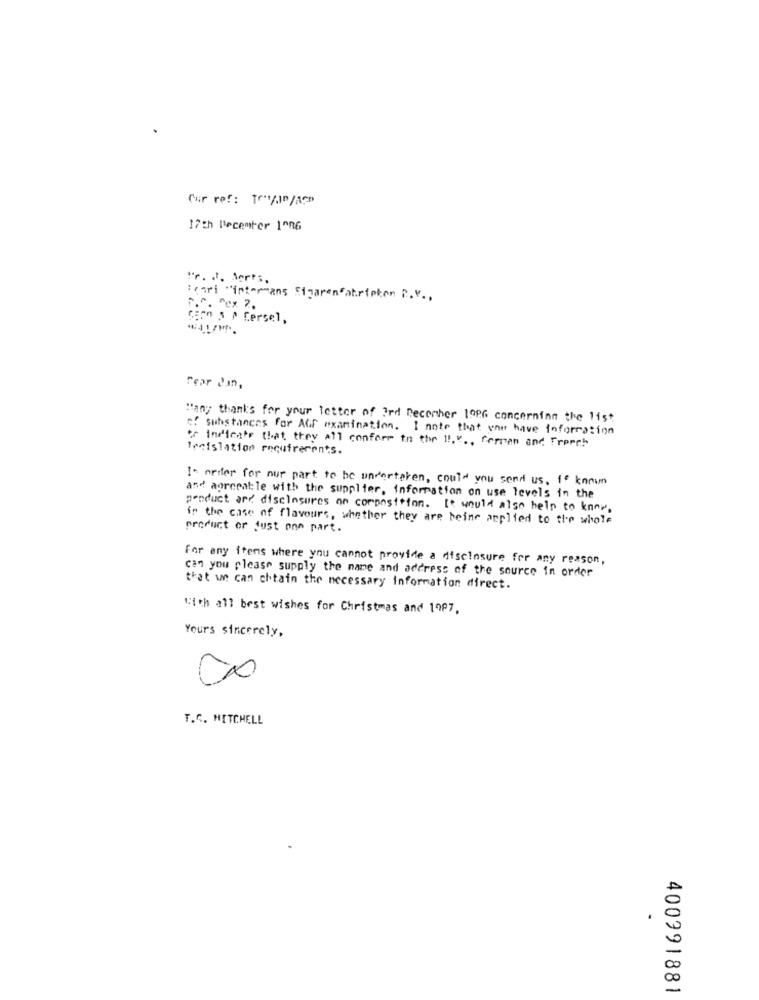
Cur ref: Tr/ID/ACP
17th December 1º86
"r. J. Aerts,
Teori "intermans Sigaren"atripkon R. V .,
F.^. ^ex 7.
cion s P Cersel,
Fear Jan,
Many thanks for your letter of 3rd December 19PG concerning the list
of substances for AGF examination. I note that you have information
or indicate that they all conform to the 11.º ., Corren and French
tesistation requirements.
I* order for nur part to be underteren, could you send us, to known
and agreeable with the supplier, information on use levels in the
product and disclosures on composition. It would also help to know,
in the case of flavours, whether they are being applied to the whole
product or just one part.
For any items where you cannot provide a disclosure for any reason,
can you please supply the name and address of the source in order
that we can chtain the necessary information direct.
With all best wishes for Christmas and 1997,
Yours sincerely,
T.C. MITCHELL
00
-
400991881